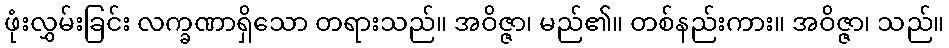
ဖုံးလွှမ်းခြင်း လက္ခဏာရှိသော တရားသည်။ အဝိဇ္ဇာ၊ မည်၏။ တစ်နည်းကား။ အဝိဇ္ဇာ၊ သည်။